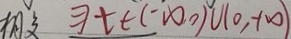
\epsilon ( - \infty , 0 ) v ( 0 , + \infty )